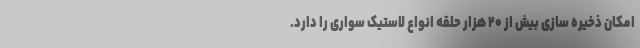
امکان ذخیره سازی بیش از ۲۰ هزار حلقه انواع لاستیک سواری را دارد.